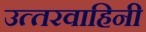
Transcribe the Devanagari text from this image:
उत्‍तरवाहिनी